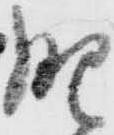
肥